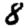
Digit: 8